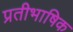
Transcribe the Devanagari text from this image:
प्रतीभाषिक